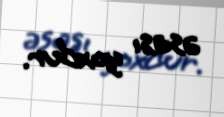
əsası yoxdur.